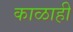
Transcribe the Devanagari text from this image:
काळाही